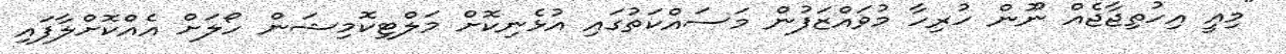
"މިއީ އިހުތިޖާޖެއް ނޫން ހުރިހާ މުވައްޒަފުން މަސައްކަތުގައި އުޅެނިކޮށް މަލްޓިކޮމިޝަން ހޯލަށް އެއްކޮށްލާފައި